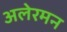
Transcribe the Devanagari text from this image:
अलेरमन